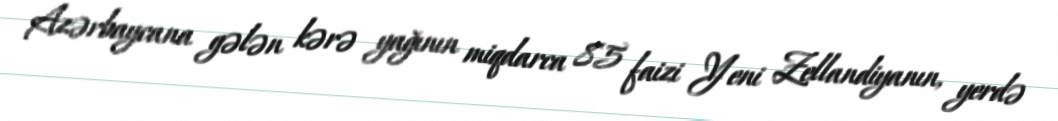
Azərbaycana gələn kərə yağının miqdarca 85 faizi Yeni Zellandiyanın, yerdə